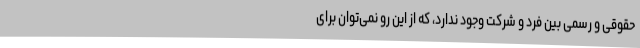
حقوقی و رسمی بین فرد و شرکت وجود ندارد، که از این رو نمی‌توان برای